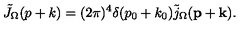
\tilde { J } _ { \Omega } ( p + k ) = ( 2 \pi ) ^ { 4 } \delta ( p _ { 0 } + k _ { 0 } ) \tilde { j } _ { \Omega } ( { \bf p } + { \bf k } ) .